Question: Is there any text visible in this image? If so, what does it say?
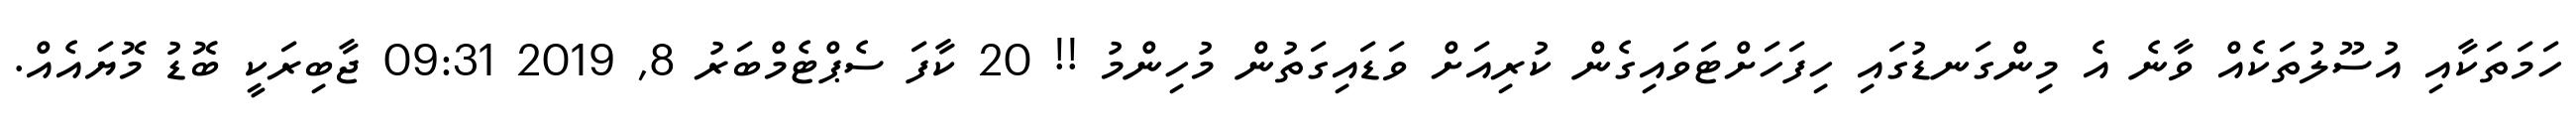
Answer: ހަމަތަކާއި އުސޫލުތަކެއް ވާނެ އެ މިންގަނޑުގައި ހިފަހަށްޓަވައިގެން ކުރިއަށް ވަޑައިގަތުން މުހިންމު !! 20 ކާފަ ސެޕްޓެމްބަރު 8, 2019 09:31 ޖާބިރަކީ ބޮޑު މޮޔައެއް.